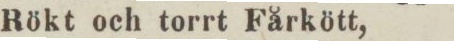
Rökt och torrt Fårkött,